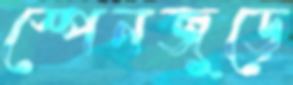
স্পেনজুড়ে